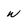
Character: w